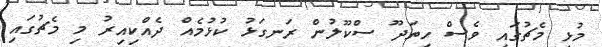
މުޅި މެޗުގައި ވެސް ހިތަދޫ ސްކޫލުން ރަނގަޅު ކުޅުމެއް ދެއްކިއިރު މި މެޗުގައި